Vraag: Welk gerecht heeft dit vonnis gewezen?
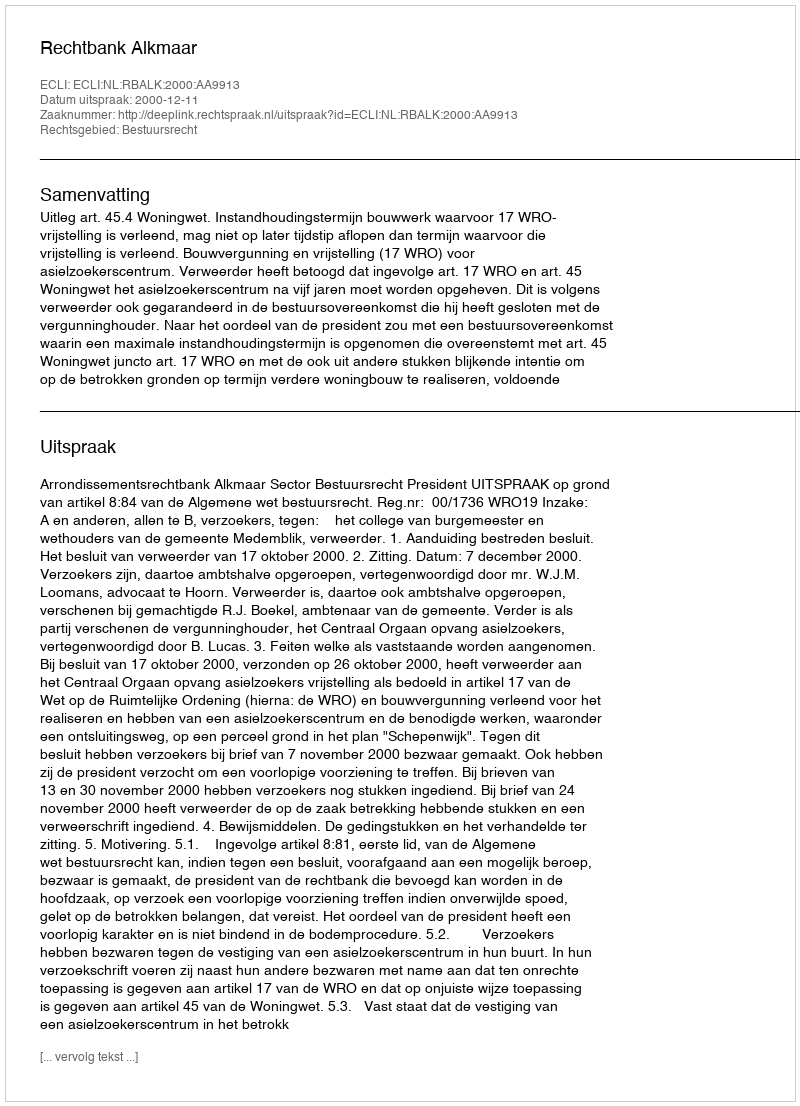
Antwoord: Rechtbank Alkmaar